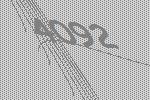
4092